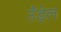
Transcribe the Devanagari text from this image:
उँड़ेल